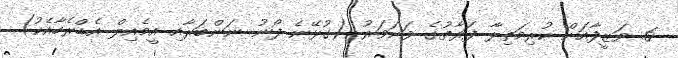
6. ވަޒީފާއަށް ކުރިމަތިލާ ފަރާތުގެ ވަނަވަރު (ގުޅޭނެ ފޯނު ނަންބަރާއި އީމެއިލް އެޑްރެހާއެކު)